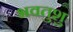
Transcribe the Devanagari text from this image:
भवतुशु